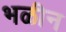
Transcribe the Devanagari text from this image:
भळीन